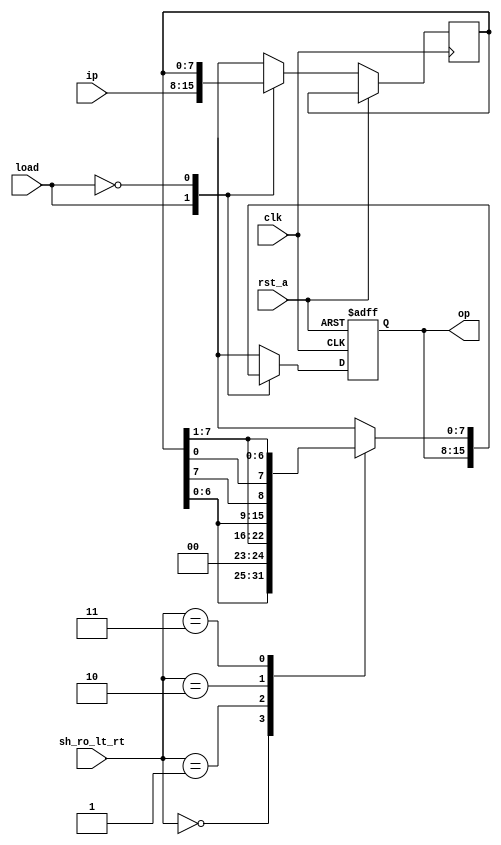
module usr(op,clk,rst_a, load,sh_ro_lt_rt,ip);
output reg [7:0] op;
input load;
input [1:0] sh_ro_lt_rt;
input [7:0] ip;
input clk, rst_a;
reg [7:0]temp;
always @(posedge clk or posedge rst_a)
begin
if (rst_a)
op = 0;
else
case(load)
1'b1:
begin //Load Input
temp = ip;
// op = temp;
end
1'b0: //Operation
case (sh_ro_lt_rt)
2'b00: op = temp<<1; //Left Shift
2'b01: op = temp>>1; //Right Shift
2'b10: op = {temp[6:0],temp[7]}; //Rotate Left
2'b11: op = {temp[0], temp[7:1]}; //Rotate Right

default: $display("Invalid Shift Control Input");
endcase
default: $display("Invalid Load Control Input");
endcase
end
endmodule